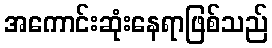
အကောင်းဆုံးနေရာဖြစ်သည်